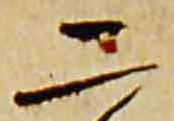
二